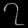
Digit: ၇